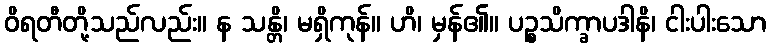
ဝိရတီတို့သည်လည်း။ န သန္တိ၊ မရှိကုန်။ ဟိ၊ မှန်၏။ ပဉ္စသိက္ခာပဒါနိ၊ ငါးပါးသော